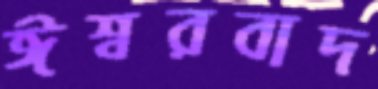
ঈশ্বরবাদ